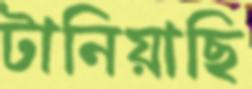
টানিয়াছি